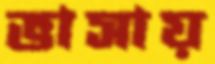
ভাসায়